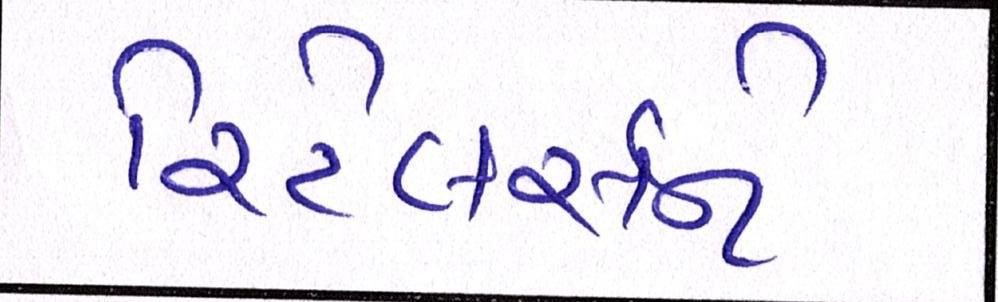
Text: રિટેલર્સને